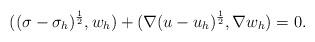
LaTeX: \begin{align*}((\sigma-\sigma_h)^{\frac12},w_h)+(\nabla (u-u_h)^{\frac12},\nabla w_h)=0.\end{align*}